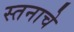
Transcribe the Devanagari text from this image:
स्तनाचे